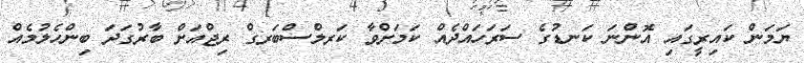
ޔަމަން ކައިރީގައި އޮންނަ ކަނޑުގެ ސަރަހައްދެއް ކަމަށްވާ ކަރލްސްބަރގް ރިޖްއަށް ބާރުގަދަ ބިންހެލުމެއް